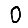
Digit: 0